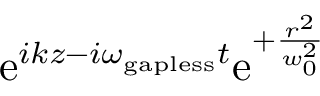
\mathrm { e } ^ { i k z - i \omega _ { \mathrm { g a p l e s s } } t } \mathrm { e } ^ { + \frac { r ^ { 2 } } { w _ { 0 } ^ { 2 } } }